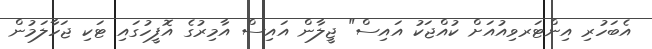
އެބަހުރި އިންޓަރވިއުއަށް ކުއްޖަކު އައިސް" ޖީލާން އައިސް އާމިރުގެ އޮފީހުގައި ޓަކި ޖަހާލަމުން